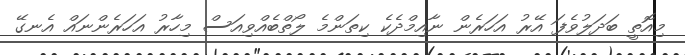
މިއޮތީ ބަދަލުވެފަ އޭރު އަހަރެން ނާއިމްދެކެ ކިތަންމެ ލޯތްބެއްވިއަސް މިހާރު އަހަރެންނައް އެނގޭ